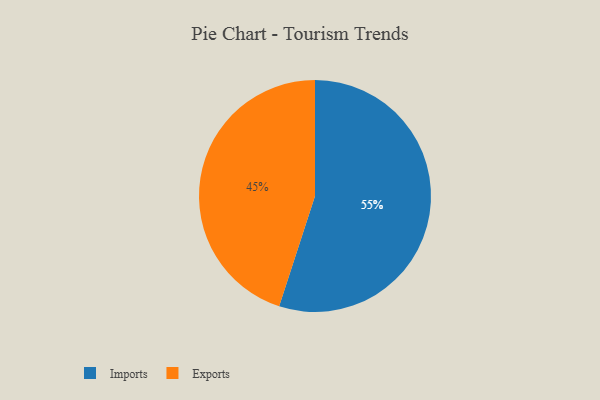
{"axis": {"x": "Category", "y": "Percentage"}, "legend": ["Exports", "Imports"], "data": [{"x": "Exports", "y": 45, "type": "Exports"}, {"x": "Imports", "y": 55, "type": "Imports"}]}